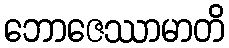
ဘောဇေဿာမာတိ